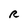
Character: R